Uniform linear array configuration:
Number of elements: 16
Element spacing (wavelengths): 0.25
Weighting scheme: binomial
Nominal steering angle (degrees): -30
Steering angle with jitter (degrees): -29.168
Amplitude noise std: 0.05
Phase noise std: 0.05

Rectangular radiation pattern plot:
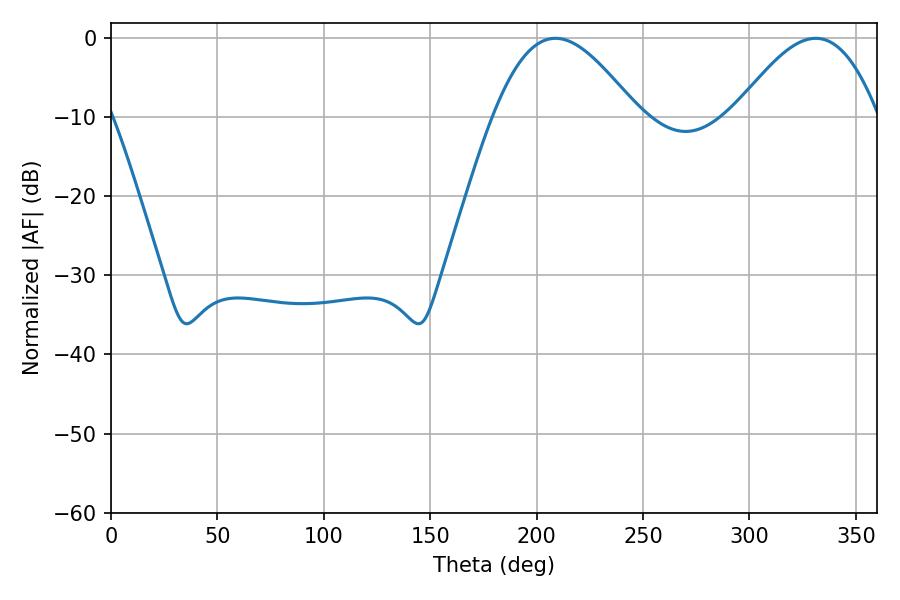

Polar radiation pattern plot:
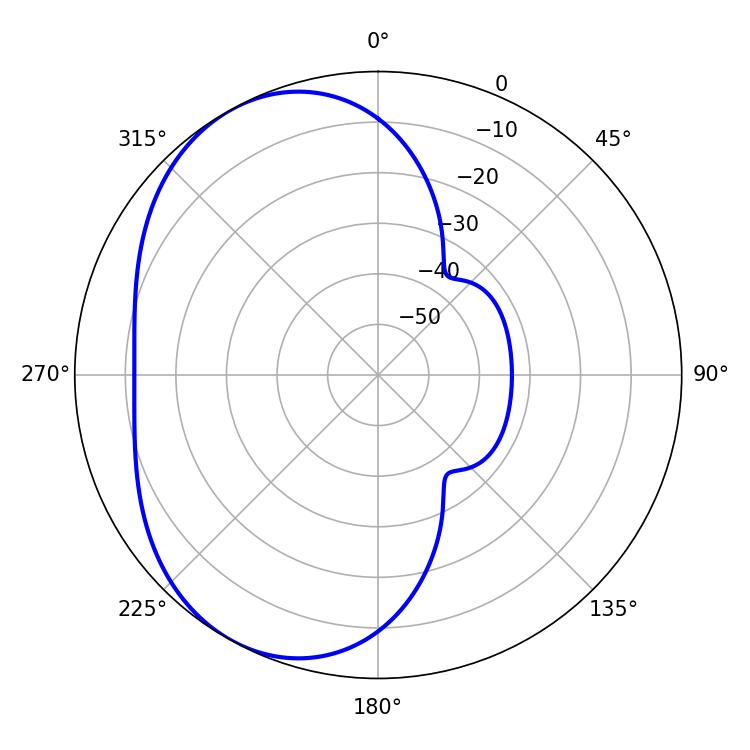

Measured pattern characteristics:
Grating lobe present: FALSE
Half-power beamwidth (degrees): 36.36
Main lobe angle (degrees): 208.8